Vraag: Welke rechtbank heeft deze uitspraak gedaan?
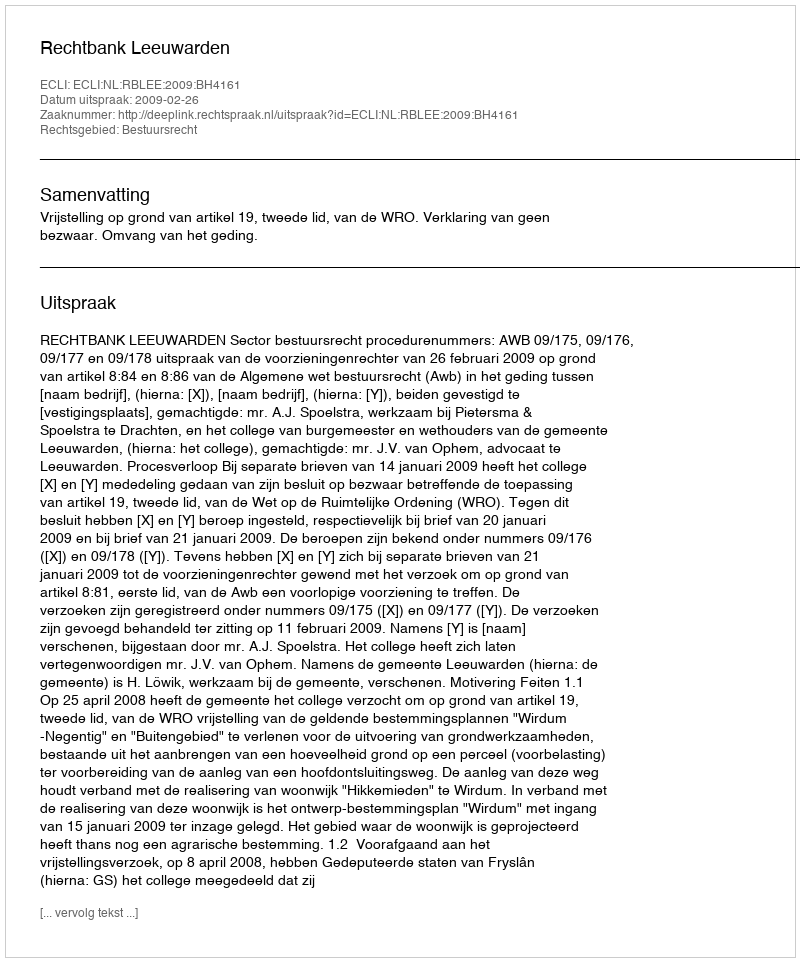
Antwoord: Rechtbank Leeuwarden